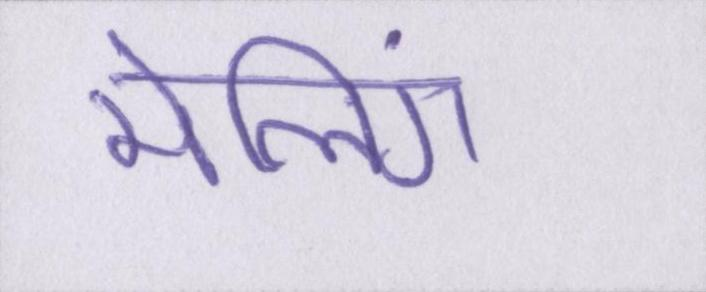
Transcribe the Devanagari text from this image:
मेलिंग